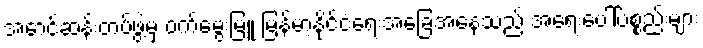
အောင်ဆန်းတပ်ဖွဲ့မှ ဝက်မွေးမြူ မြန်မာ့နိုင်ငံရေးအခြေအနေသည် အရေးပေါ်ပစ္စည်းများ